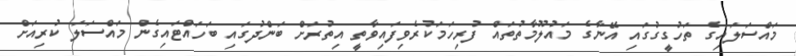
މައްސަލައިގެ ތަހުގީގުގައި އޭނާގެ މައުލޫމާތުތައް ފުރިހަމަކުރެވިފައިވާތީ އިތުރަށް ބަންދުގައި ބަހައްޓައިގެން މައްސަލަ ކުރިއަށް